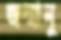
জন্মানু